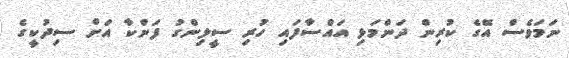
ނަމަވެސް އޭގެ ކުރިން ދަންމަޅި އައްސާފައި ހުރި ސީލިންގު ފަންކާ އަށް ސިދުކީގެ